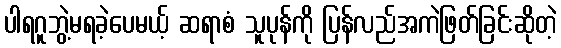
ပါရဂူဘွဲ့မရခဲ့ပေမယ့် ဆရာစံ သူပုန်ကို ပြန်လည်အကဲဖြတ်ခြင်းဆိုတဲ့